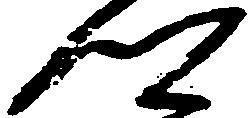
郷